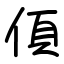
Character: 㑯